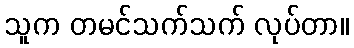
သူက တမင်သက်သက် လုပ်တာ။